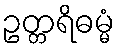
ဥတ္တရိဓမ္မံ